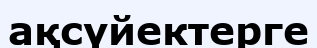
ақсүйектерге